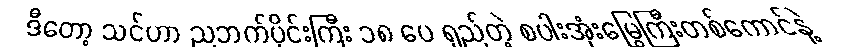
ဒီတော့ သင်ဟာ ညဘက်ပိုင်းကြီး ၁၈ ပေ ရှည်တဲ့ စပါးအုံးမြွေကြီးတစ်ကောင်နဲ့